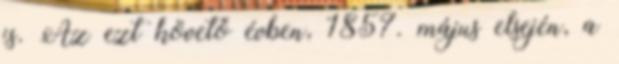
is. Az ezt követő évben, 1857. május elsején, a